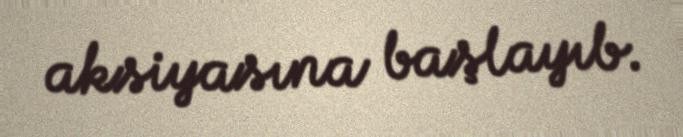
aksiyasına başlayıb.